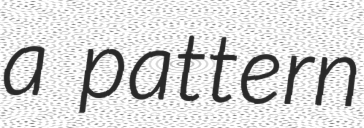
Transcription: a pattern